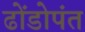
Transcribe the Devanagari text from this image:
ढोंडोपंत